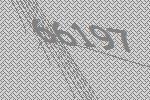
66197